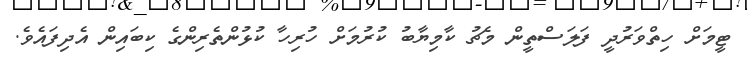
ޓީމަށް ހިތްވަރުދީ ފަލަސްތީން މެޗު ކާމިޔާބު ކުރުމަށް ހުރިހާ ކުޅުންތެރިންގެ ކިބައިން އެދިފައެވެ.